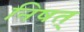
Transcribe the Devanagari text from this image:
निषत्